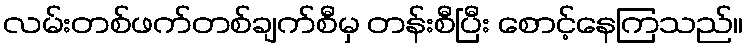
လမ်းတစ်ဖက်တစ်ချက်စီမှ တန်းစီပြီး စောင့်နေကြသည်။